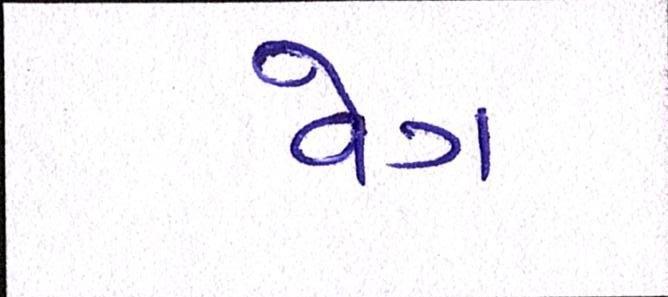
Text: વેગ